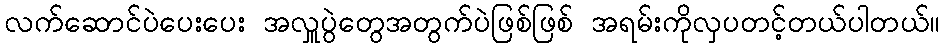
လက်ဆောင်ပဲပေးပေး အလှူပွဲတွေအတွက်ပဲဖြစ်ဖြစ် အရမ်းကိုလှပတင့်တယ်ပါတယ်။